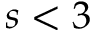
s < 3